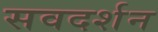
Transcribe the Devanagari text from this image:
सवदर्शन